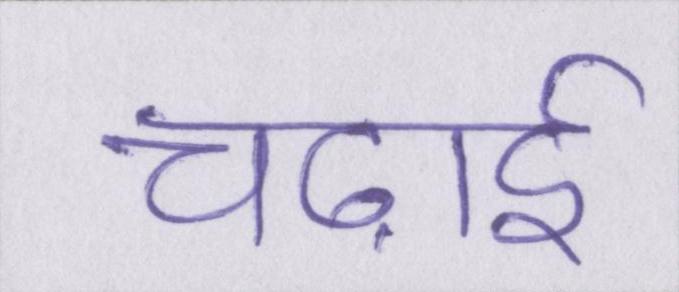
चढ़ाई